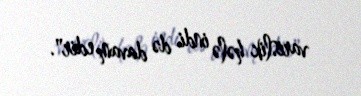
varislik hələ indi də davam edir".